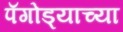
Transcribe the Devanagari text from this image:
पॅगोड्याच्या